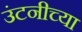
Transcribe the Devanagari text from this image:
उंटनीच्या